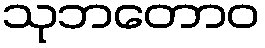
သုဘတောဝ